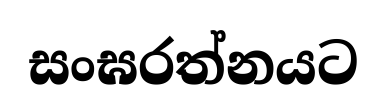
සංඝරත්නයට